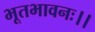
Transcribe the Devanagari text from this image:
भूतभावनः।।